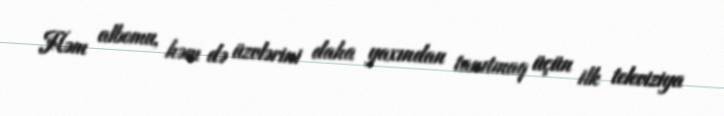
Həm albomu, həm də üzvlərini daha yaxından tanıtmaq üçün ilk televiziya